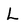
Character: L